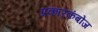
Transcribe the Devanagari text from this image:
प्रकारकंबोज